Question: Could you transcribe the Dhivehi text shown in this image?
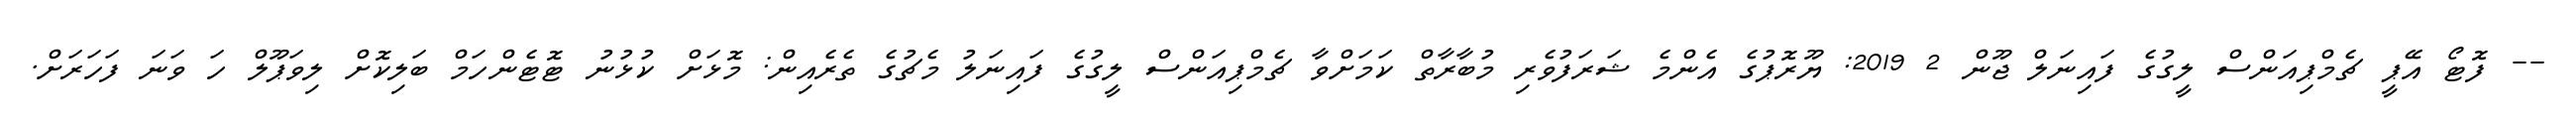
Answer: -- ފޮޓޯ އޭޕީ ޗެމްޕިއަންސް ލީގުގެ ފައިނަލް ޖޫން 2 2019: ޔޫރޮޕުގެ އެންމެ ޝަރަފުވެރި މުބާރާތް ކަމަށްވާ ޗެމްޕިއަންސް ލީގުގެ ފައިނަލު މެޗުގެ ތެރެއިން: މޮޅަށް ކުޅުނު ޓޮޓެންހަމް ބަލިކޮށް ލިވަޕޫލް ހަ ވަނަ ފަހަރަށް.